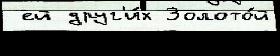
 ей друг'и́х Золото́й